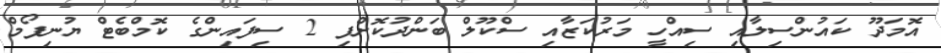
އޮމަދޫ ކައުންސިލާއި ސިއްހީ މަރުކަޒާއި ސްކޫލް ބަންދުކޮށްފި 2 ސިފައިންގެ ކޮމްބެޓް ޔުނިފޯމް